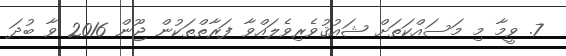
7. ވީމާ މި މަސައްކަތަށް ޝައުޤުވެރިވެލައްވާ ފަރާތްތަކުން ޖޫން 2016 ވާ ބުދަ